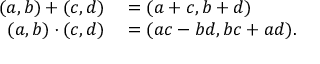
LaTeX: \begin{array} { r l } { ( a , b ) + ( c , d ) } & { { } = ( a + c , b + d ) } \\ { ( a , b ) \cdot ( c , d ) } & { { } = ( a c - b d , b c + a d ) . } \end{array}